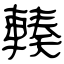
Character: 輳